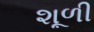
શૂળી